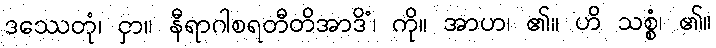
ဒဿေတုံ၊ ငှာ။ နီရာဂါစရတီတိအာဒိံ၊ ကို။ အာဟ၊ ၏။ ဟိ သစ္စံ၊ ၏။